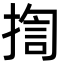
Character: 揈